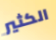
الكثير